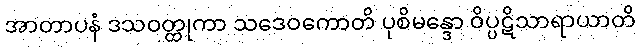
အာတာပနံ ဒသဝတ္ထုကာ သဒေဝကောတိ ပုစိမန္ဒော ဝိပ္ပဋိသာရာယာတိ